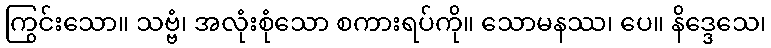
ကြွင်းသော။ သဗ္ဗံ၊ အလုံးစုံသော စကားရပ်ကို။ သောမနဿ၊ ပေ။ နိဒ္ဒေသေ၊